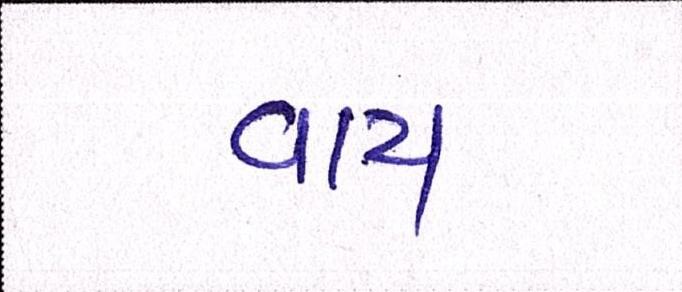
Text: વાય